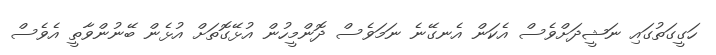
ހަގީގަތުގައި ނަޝީދަށްވެސް އެކަން އެނގޭނެ ނަމަވެސް ދޮންމީހުން އުޅޭގޮތަށް އުޅެން ބޭނުންވާތީ އެވެސް